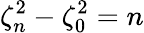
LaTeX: \zeta_{n}^{2}-\zeta_{0}^{2}=n